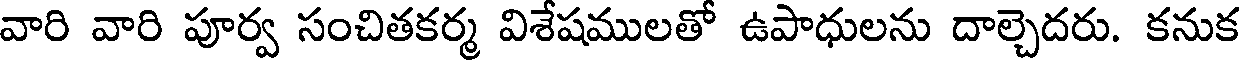
వారి వారి పూర్వ సంచితకర్మ విశేషములతో ఉపాధులను దాల్చెదరు. కనుక